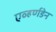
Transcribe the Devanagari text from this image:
एव्हर्णडेन